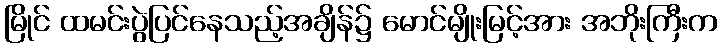
မြိုင် ထမင်းပွဲပြင်နေသည့်အချိန်၌ မောင်မျိုးမြင့်အား အဘိုးကြီးက